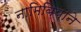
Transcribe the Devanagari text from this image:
नामिबियाने